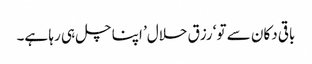
باقی دکان سے تو ‘رزق حلال’ اپنا چل ہی رہا ہے۔